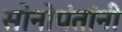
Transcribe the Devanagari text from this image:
सोनोपंतांनी